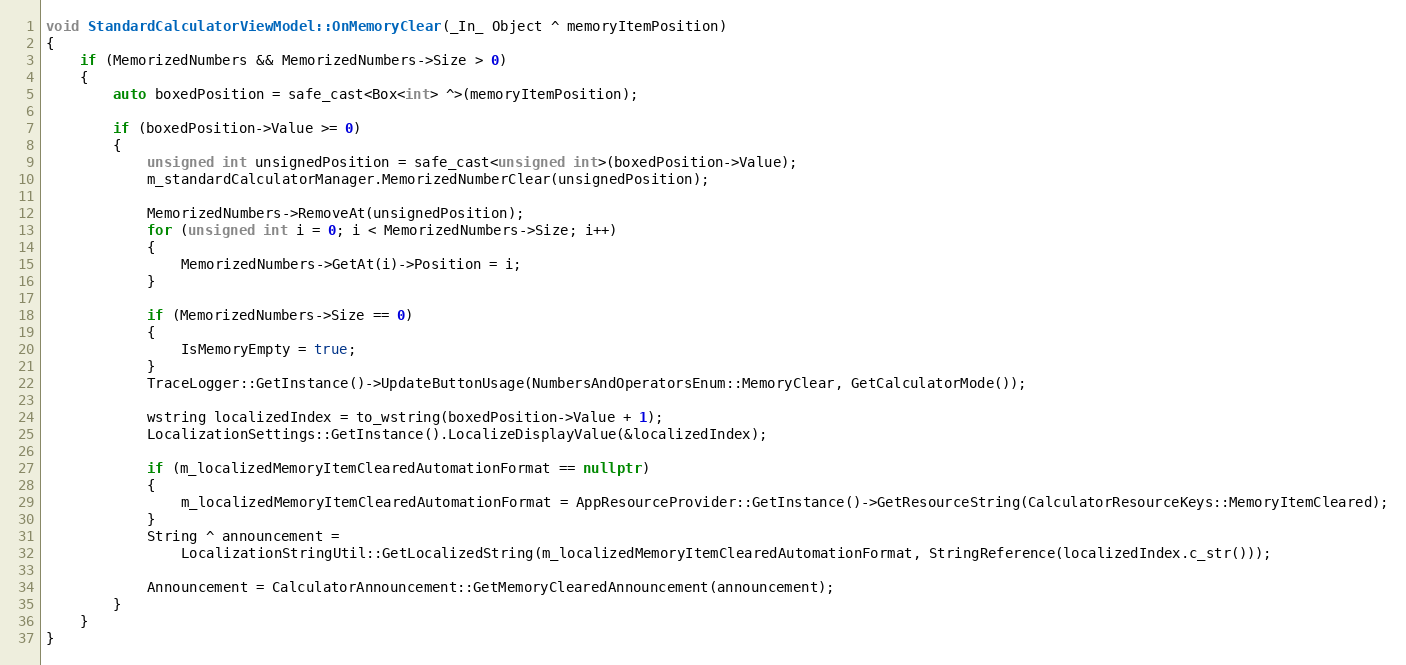
Language: C++
void StandardCalculatorViewModel::OnMemoryClear(_In_ Object ^ memoryItemPosition)
{
    if (MemorizedNumbers && MemorizedNumbers->Size > 0)
    {
        auto boxedPosition = safe_cast<Box<int> ^>(memoryItemPosition);

        if (boxedPosition->Value >= 0)
        {
            unsigned int unsignedPosition = safe_cast<unsigned int>(boxedPosition->Value);
            m_standardCalculatorManager.MemorizedNumberClear(unsignedPosition);

            MemorizedNumbers->RemoveAt(unsignedPosition);
            for (unsigned int i = 0; i < MemorizedNumbers->Size; i++)
            {
                MemorizedNumbers->GetAt(i)->Position = i;
            }

            if (MemorizedNumbers->Size == 0)
            {
                IsMemoryEmpty = true;
            }
            TraceLogger::GetInstance()->UpdateButtonUsage(NumbersAndOperatorsEnum::MemoryClear, GetCalculatorMode());

            wstring localizedIndex = to_wstring(boxedPosition->Value + 1);
            LocalizationSettings::GetInstance().LocalizeDisplayValue(&localizedIndex);

            if (m_localizedMemoryItemClearedAutomationFormat == nullptr)
            {
                m_localizedMemoryItemClearedAutomationFormat = AppResourceProvider::GetInstance()->GetResourceString(CalculatorResourceKeys::MemoryItemCleared);
            }
            String ^ announcement =
                LocalizationStringUtil::GetLocalizedString(m_localizedMemoryItemClearedAutomationFormat, StringReference(localizedIndex.c_str()));

            Announcement = CalculatorAnnouncement::GetMemoryClearedAnnouncement(announcement);
        }
    }
}